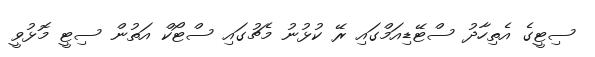
ސިޓީގެ އެތިހާދު ސްޓޭޑިއަމްގައި ރޭ ކުޅުނު މެޗުގައި ސްޓޯކް އަތުން ސިޓީ މޮޅުވީ